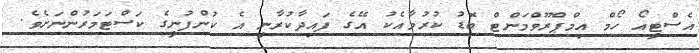
އެސްޓީއޯ ހޯމް އިމްޕްރޫވްމަންޓް ބޮޑު ކުރުމާއެކު އޭގެ ފައިދާކުރާނީ އެ ކުންފުނީގެ ކަސްޓަމަރުންނަށެވެ.